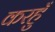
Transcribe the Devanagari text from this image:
करहुँ